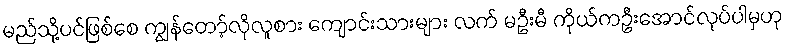
မည်သို့ပင်ဖြစ်စေ ကျွန်တော့်လိုလူစား ကျောင်းသားများ လက် မဦးမီ ကိုယ်ကဦးအောင်လုပ်ပါမှဟု